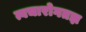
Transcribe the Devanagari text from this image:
त्वचारोगतज्ञ